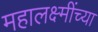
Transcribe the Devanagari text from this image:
महालक्ष्मींच्या